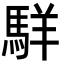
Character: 𩣆